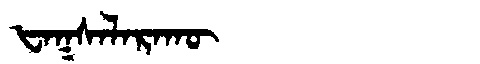
Manchu: ᡶᠠᡴᠰᠠᠯᠠᡵᠠᡴᡡ
Romanization: FAKSALARAKŪ